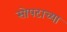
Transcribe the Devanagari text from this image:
सोपटाच्या